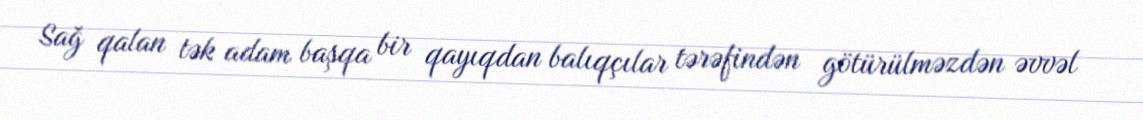
Sağ qalan tək adam başqa bir qayıqdan balıqçılar tərəfindən götürülməzdən əvvəl